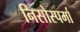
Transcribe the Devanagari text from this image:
निसोस्पर्मा